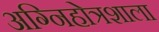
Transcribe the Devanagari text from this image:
अग्निहोत्रशाला